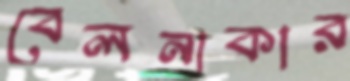
বেলনাকার